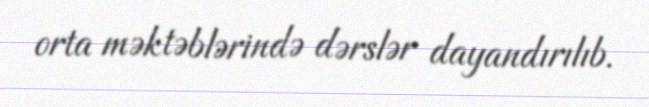
orta məktəblərində dərslər dayandırılıb.